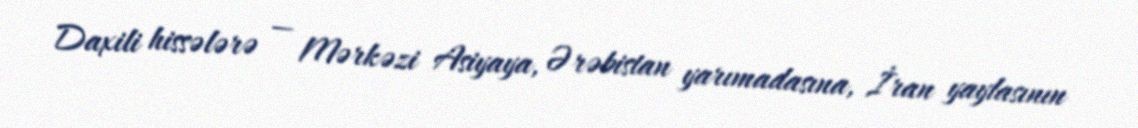
Daxili hissələrə — Mərkəzi Asiyaya, Ərəbistan yarımadasına, İran yaylasının